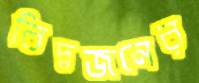
বিদ্বজনের